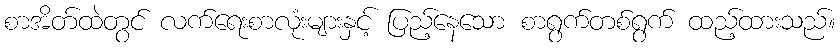
စာအိတ်ထဲတွင် လက်ရေးစာလုံးများနှင့် ပြည့်နေသော စာရွက်တစ်ရွက် ထည့်ထားသည်။